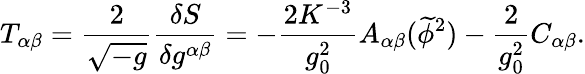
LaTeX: T_{\alpha\beta}=\frac{2}{{\sqrt{-g}}}\frac{{\delta S}}{{\delta g^{\alpha\beta}}}=-\frac{2K^{-3}}{{g_{0}^{2}}}A_{\alpha\beta}(\widetilde\phi^{2})-\frac{2}{g_{0}^{2}}C_{\alpha\beta}.